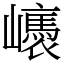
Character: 㠡